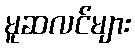
မူဆလင်များ